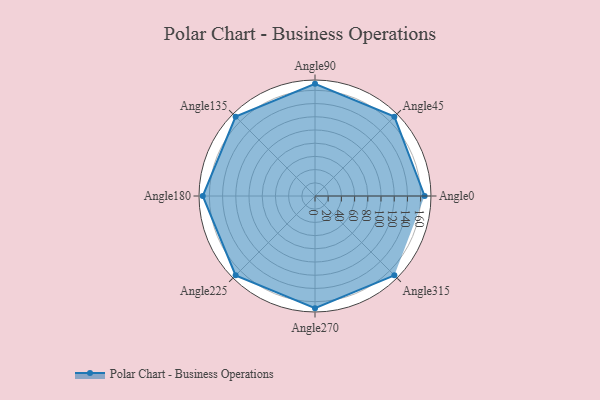
{"axis": {"x": "Angle", "y": "Radius"}, "legend": [""], "data": [{"x": "Angle0", "y": 166.0, "type": ""}, {"x": "Angle45", "y": 170, "type": ""}, {"x": "Angle90", "y": 170, "type": ""}, {"x": "Angle135", "y": 170, "type": ""}, {"x": "Angle180", "y": 170, "type": ""}, {"x": "Angle225", "y": 170, "type": ""}, {"x": "Angle270", "y": 170, "type": ""}, {"x": "Angle315", "y": 170, "type": ""}]}